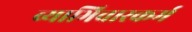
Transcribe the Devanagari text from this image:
व्याभिचारकर्म